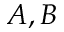
A , B